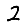
Digit: 2